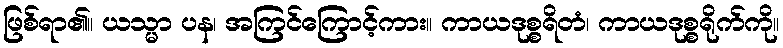
ဖြစ်ရာ၏။ ယသ္မာ ပန၊ အကြင်ကြောင့်ကား။ ကာယဒုစ္စရိတံ၊ ကာယဒုစ္စရိုက်ကို။